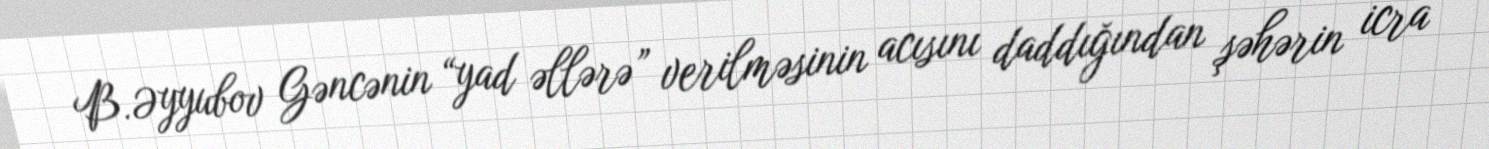
B.Əyyubov Gəncənin “yad əllərə” verilməsinin acısını daddığından şəhərin icra